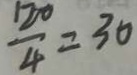
\frac { 1 2 0 } { 4 } = 3 0